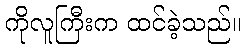
ကိုလူကြီးက ထင်ခဲ့သည်။